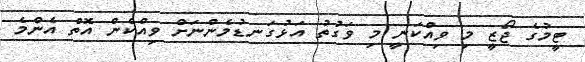
ޓީމުގެ ޖޯޒީ މި ވިއްކަނީ މި ވަގުތު އަޅުގަނޑުމެންނަށް ވިއްކެން އޮތް އެންމެ